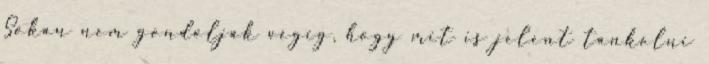
Sokan nem gondolják végig, hogy mit is jelent tankolni